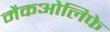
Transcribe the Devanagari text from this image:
मैकओलिफे